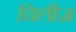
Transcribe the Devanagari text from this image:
चिलीज़